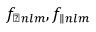
f _ { \perp n l m } , f _ { \parallel n l m }